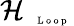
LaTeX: \mathcal{H}_{\mathrm{~\tiny~\textnormal~{~L~o~o~p~}~}}